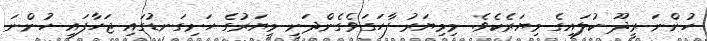
ހުންނަ ރީދޫ ކުލައިގެ މިޔަރެކެވެ. މިމިޔަރު ފާހަގަވެގެންދަނީ މިޔަރުގެ ހަށިގަނޑުގައި ޖަހާފައި ހުންނަ